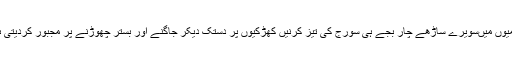
گرمیوں میںسویرے ساڑھے چار بجے ہی سورج کی تیز کرنیں کھڑکیوں پر دستک دیکر جاگنے اور بستر چھوڑنے پر مجبور کردیتی ہیں۔